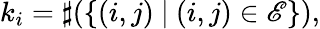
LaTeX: k_{i}=\sharp(\{ (i,j)~|~(i,j)\in\mathscr{E}\} ),